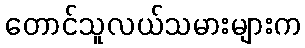
တောင်သူလယ်သမားများက